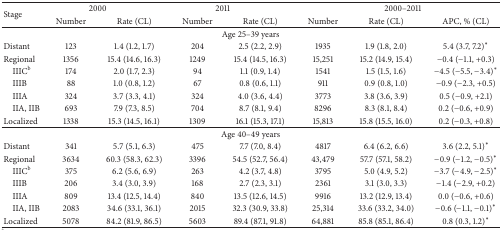
<table><thead><tr><td rowspan="2"><b>Stage</b></td><td colspan="2"><b>2000</b></td><td colspan="2"><b>2011 </b></td><td colspan="3"><b>2000–2011</b></td></tr><tr><td><b>Number</b></td><td><b>Rate (CL)</b></td><td><b>Number</b></td><td><b>Rate (CL)</b></td><td><b>Number</b></td><td><b>Rate (CL)</b></td><td><b>APC, % (CL)</b></td></tr></thead><tbody><tr><td colspan="8">Age 25–39 years</td></tr><tr><td>Distant</td><td>123</td><td>1.4 (1.2, 1.7)</td><td>204</td><td>2.5 (2.2, 2.9)</td><td>1935</td><td>1.9 (1.8, 2.0)</td><td>5.4 (3.7, 7.2)<sup>*</sup></td></tr><tr><td>Regional</td><td>1356</td><td>15.4 (14.6, 16.3)</td><td>1249</td><td>15.4 (14.5, 16.3)</td><td>15,251</td><td>15.2 (14.9, 15.4)</td><td>−0.4 (−1.1, +0.3)</td></tr><tr><td> IIIC<sup>b</sup></td><td>174</td><td>2.0 (1.7, 2.3)</td><td>94</td><td>1.1 (0.9, 1.4)</td><td>1541</td><td>1.5 (1.5, 1.6)</td><td>−4.5 (−5.5, −3.4)<sup>*</sup></td></tr><tr><td> IIIB</td><td>88</td><td>1.0 (0.8, 1.2)</td><td>67</td><td>0.8 (0.6, 1.1)</td><td>911</td><td>0.9 (0.8, 1.0)</td><td>−0.9 (−2.3, +0.5)</td></tr><tr><td> IIIA</td><td>324</td><td>3.7 (3.3, 4.1)</td><td>324</td><td>4.0 (3.6, 4.4)</td><td>3773</td><td>3.8 (3.6, 3.9)</td><td>0.5 (−0.9, +2.1)</td></tr><tr><td> IIA, IIB</td><td>693</td><td>7.9 (7.3, 8.5)</td><td>704</td><td>8.7 (8.1, 9.4)</td><td>8296</td><td>8.3 (8.1, 8.4)</td><td>0.2 (−0.6, +0.9)</td></tr><tr><td>Localized </td><td>1338</td><td>15.3 (14.5, 16.1)</td><td>1309</td><td>16.1 (15.3, 17.1)</td><td>15,813</td><td>15.8 (15.5, 16.0)</td><td>0.2 (−0.3, +0.8)</td></tr><tr><td colspan="8">Age 40–49 years</td></tr><tr><td>Distant</td><td>341</td><td>5.7 (5.1, 6.3)</td><td>475</td><td>7.7 (7.0, 8.4)</td><td>4817</td><td>6.4 (6.2, 6.6)</td><td>3.6 (2.2, 5.1)<sup>*</sup></td></tr><tr><td>Regional</td><td>3634</td><td>60.3 (58.3, 62.3)</td><td>3396</td><td>54.5 (52.7, 56.4)</td><td>43,479</td><td>57.7 (57.1, 58.2) </td><td>−0.9 (−1.2, −0.5)<sup>*</sup></td></tr><tr><td> IIIC<sup>b</sup></td><td>375</td><td>6.2 (5.6, 6.9)</td><td>263</td><td>4.2 (3.7, 4.8)</td><td>3795</td><td>5.0 (4.9, 5.2)</td><td>−3.7 (−4.9, −2.5)<sup>*</sup></td></tr><tr><td> IIIB</td><td>206</td><td>3.4 (3.0, 3.9)</td><td>168</td><td>2.7 (2.3, 3.1)</td><td>2361</td><td>3.1 (3.0, 3.3)</td><td>−1.4 (−2.9, +0.2)</td></tr><tr><td> IIIA</td><td>809</td><td>13.4 (12.5, 14.4)</td><td>840</td><td>13.5 (12.6, 14.5)</td><td>9916</td><td>13.2 (12.9, 13.4)</td><td>0.0 (−0.6, +0.6)</td></tr><tr><td> IIA, IIB</td><td>2083</td><td>34.6 (33.1, 36.1)</td><td>2015</td><td>32.3 (30.9, 33.8)</td><td>25,314</td><td>33.6 (33.2, 34.0)</td><td>−0.6 (−1.1, −0.1)<sup>*</sup></td></tr><tr><td>Localized</td><td>5078</td><td>84.2 (81.9, 86.5)</td><td>5603</td><td>89.4 (87.1, 91.8) </td><td>64,881</td><td>85.8 (85.1, 86.4) </td><td>0.8 (0.3, 1.2)<sup>*</sup></td></tr></tbody></table>